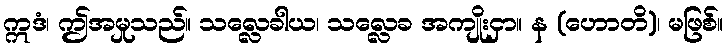
ဣဒံ၊ ဤအမှုသည်။ သလ္လေခါယ၊ သလ္လေခ အကျိုးငှာ။ န (ဟောတိ)၊ မဖြစ်။